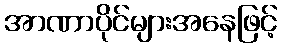
အာဏာပိုင်များအနေဖြင့်